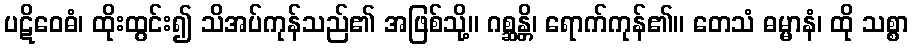
ပဋိဝေဓံ၊ ထိုးထွင်း၍ သိအပ်ကုန်သည်၏ အဖြစ်သို့။ ဂစ္ဆန္တိ၊ ရောက်ကုန်၏။ တေသံ ဓမ္မာနံ၊ ထို သစ္စာ